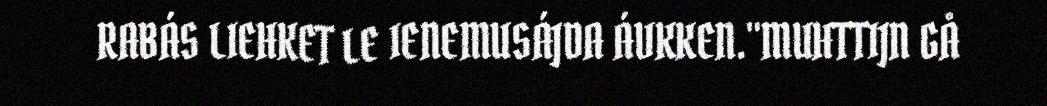
RABÁS LIEHKET LE IENEMUSÁJDA ÁVKKEN."MUHTTIJN GÅ